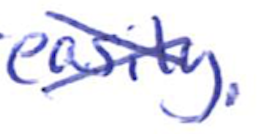
Text: easily.
Cross-out: cross
Writing tool: ballpoint